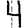
Digit: 4